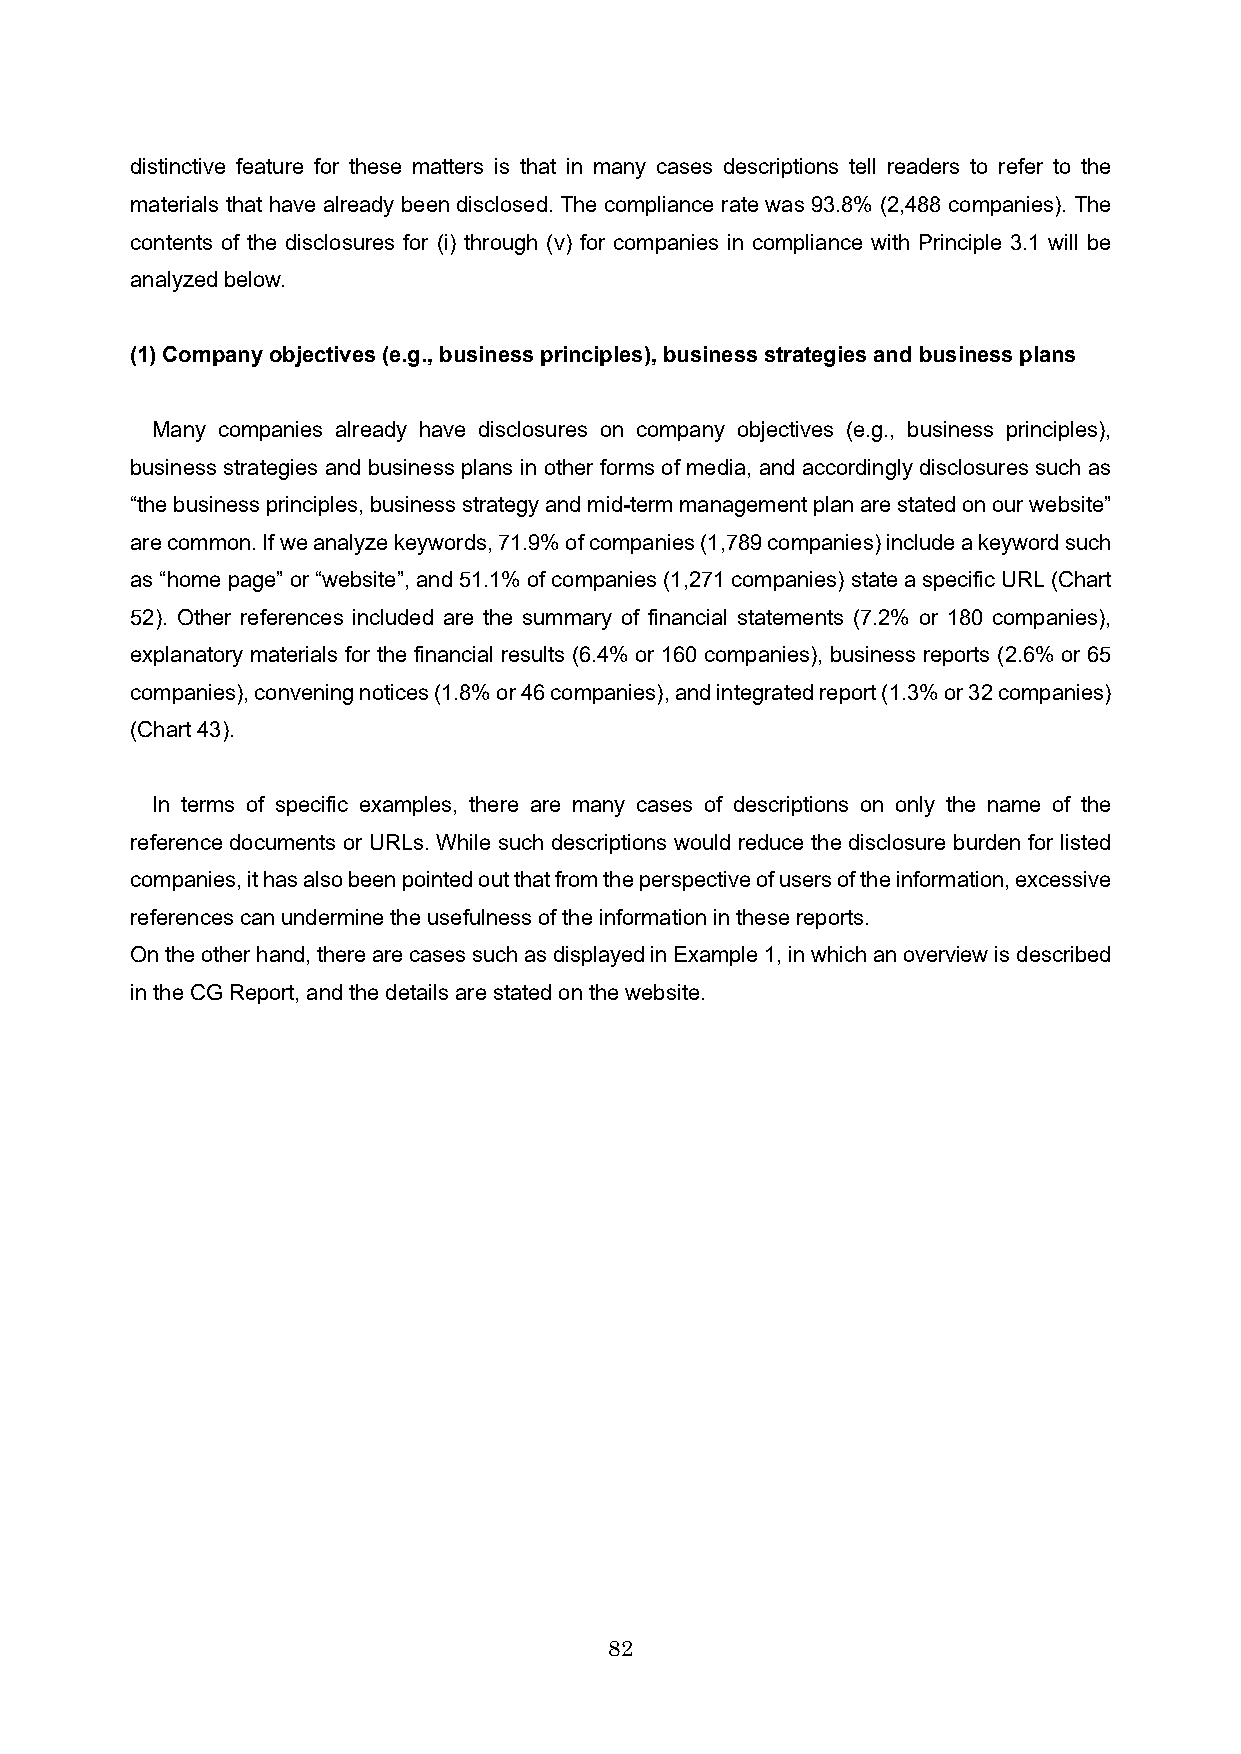
distinctive feature for these matters is that in many cases descriptions tell readers to refer to the
 materials that have already been disclosed. The compliance rate was 93.8% (2,488 companies). The
 contents of the disclosures for (i) through (v) for companies in compliance with Principle 3.1 will be
 analyzed below.
 (1) Company objectives (e.g., business principles), business strategies and business plans
 Many companies already have disclosures on company objectives (e.g., business principles),
 business strategies and business plans in other forms of media, and accordingly disclosures such as
 “the business principles, business strategy and mid-term management plan are stated on our website”
 are common. If we analyze keywords, 71.9% of companies (1,789 companies) include a keyword such
 as “home page” or “website”, and 51.1% of companies (1,271 companies) state a specific URL (Chart
 52). Other references included are the summary of financial statements (7.2% or 180 companies),
 explanatory materials for the financial results (6.4% or 160 companies), business reports (2.6% or 65
 companies), convening notices (1.8% or 46 companies), and integrated report (1.3% or 32 companies)
 (Chart 43).
 In terms of specific examples, there are many cases of descriptions on only the name of the
 reference documents or URLs. While such descriptions would reduce the disclosure burden for listed
 companies, it has also been pointed out that from the perspective of users of the information, excessive
 references can undermine the usefulness of the information in these reports.
 On the other hand, there are casessuch as displayed in Example 1, in which an overview is described
 in the CG Report, and the details are stated on the website.
 82